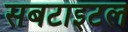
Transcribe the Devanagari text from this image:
सबटाइटल